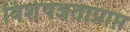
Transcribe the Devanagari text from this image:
विशेषज्ञताप्राप्त